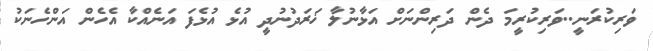
ވަރިކުރަނީ..ވަރިކުރީމަ ދެން ދަރިންނަށް އަޅާނުލާ ޚަރަދުނުދީ އުޅެ އުޅެފަ އަނެއްކާ އެހެން އަންހެނަކު